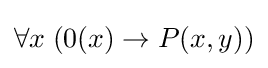
\forall x\;(0(x)\rightarrow P(x,y))